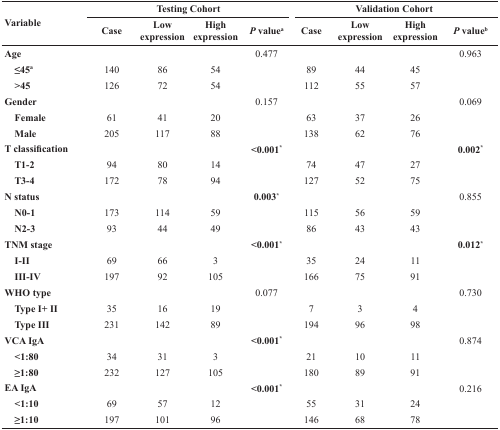
<table><thead><tr><td rowspan="2"><b>Variable</b></td><td colspan="4"><b>Testing Cohort</b></td><td colspan="4"><b>Validation Cohort</b></td></tr><tr><td><b>Case</b></td><td><b>Low expression</b></td><td><b>High expression</b></td><td><b><i>P</i> value<sup>a</sup></b></td><td><b>Case</b></td><td><b>Low expression</b></td><td><b>High expression</b></td><td><b><i>P</i> value<sup>b</sup></b></td></tr></thead><tbody><tr><td><b>Age</b></td><td></td><td></td><td></td><td>0.477</td><td></td><td></td><td></td><td>0.963</td></tr><tr><td> <b>≤45<sup>a</sup></b></td><td>140</td><td>86</td><td>54</td><td></td><td>89</td><td>44</td><td>45</td><td></td></tr><tr><td> <b>&gt;45</b></td><td>126</td><td>72</td><td>54</td><td></td><td>112</td><td>55</td><td>57</td><td></td></tr><tr><td><b>Gender</b></td><td></td><td></td><td></td><td>0.157</td><td></td><td></td><td></td><td>0.069</td></tr><tr><td> <b>Female</b></td><td>61</td><td>41</td><td>20</td><td></td><td>63</td><td>37</td><td>26</td><td></td></tr><tr><td> <b>Male</b></td><td>205</td><td>117</td><td>88</td><td></td><td>138</td><td>62</td><td>76</td><td></td></tr><tr><td><b>T classification</b></td><td></td><td></td><td></td><td><b>&lt;0.001*</b></td><td></td><td></td><td></td><td><b>0.002*</b></td></tr><tr><td> <b>T1-2</b></td><td>94</td><td>80</td><td>14</td><td></td><td>74</td><td>47</td><td>27</td><td></td></tr><tr><td> <b>T3-4</b></td><td>172</td><td>78</td><td>94</td><td></td><td>127</td><td>52</td><td>75</td><td></td></tr><tr><td><b>N status</b></td><td></td><td></td><td></td><td><b>0.003*</b></td><td></td><td></td><td></td><td>0.855</td></tr><tr><td> <b>N0-1</b></td><td>173</td><td>114</td><td>59</td><td></td><td>115</td><td>56</td><td>59</td><td></td></tr><tr><td> <b>N2-3</b></td><td>93</td><td>44</td><td>49</td><td></td><td>86</td><td>43</td><td>43</td><td></td></tr><tr><td><b>TNM stage</b></td><td></td><td></td><td></td><td><b>&lt;0.001*</b></td><td></td><td></td><td></td><td><b>0.012*</b></td></tr><tr><td> <b>I-II</b></td><td>69</td><td>66</td><td>3</td><td></td><td>35</td><td>24</td><td>11</td><td></td></tr><tr><td> <b>III-IV</b></td><td>197</td><td>92</td><td>105</td><td></td><td>166</td><td>75</td><td>91</td><td></td></tr><tr><td><b>WHO type</b></td><td></td><td></td><td></td><td>0.077</td><td></td><td></td><td></td><td>0.730</td></tr><tr><td> <b>Type I+ II</b></td><td>35</td><td>16</td><td>19</td><td></td><td>7</td><td>3</td><td>4</td><td></td></tr><tr><td> <b>Type III</b></td><td>231</td><td>142</td><td>89</td><td></td><td>194</td><td>96</td><td>98</td><td></td></tr><tr><td><b>VCA IgA</b></td><td></td><td></td><td></td><td><b>&lt;0.001*</b></td><td></td><td></td><td></td><td>0.874</td></tr><tr><td> <b>&lt;1:80</b></td><td>34</td><td>31</td><td>3</td><td></td><td>21</td><td>10</td><td>11</td><td></td></tr><tr><td> <b>≥1:80</b></td><td>232</td><td>127</td><td>105</td><td></td><td>180</td><td>89</td><td>91</td><td></td></tr><tr><td><b>EA IgA</b></td><td></td><td></td><td></td><td><b>&lt;0.001*</b></td><td></td><td></td><td></td><td>0.216</td></tr><tr><td> <b>&lt;1:10</b></td><td>69</td><td>57</td><td>12</td><td></td><td>55</td><td>31</td><td>24</td><td></td></tr><tr><td> <b>≥1:10</b></td><td>197</td><td>101</td><td>96</td><td></td><td>146</td><td>68</td><td>78</td><td></td></tr></tbody></table>